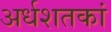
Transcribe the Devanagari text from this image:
अर्धशतकां